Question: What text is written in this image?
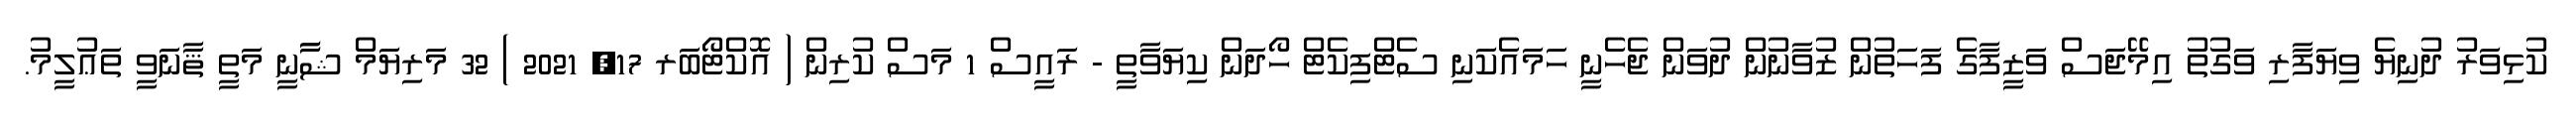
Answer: ކުޅިވަރު ދުނިޔެ ވިޔަފާރި ވަގުތު އިމޭޖަސް ވަޒީފާގެ ފަހަތުން ޒުވާނުން ދުވަން ޖެހެނީ ހަމައެކަނި ސެޓްފިކެޓް ހޯދަން ކިޔަވާތީ - ރައީސް 1 މަސް ކުރިން ( އޮކްޓޯބަރ 17, 2021 ) 32 މަރިޔަމް ޝާާނީ މަތީ ޘާނަވީ ތަޢުލީމު.